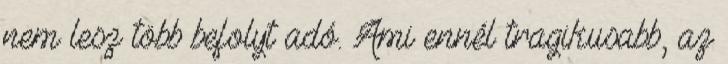
nem lesz több befolyt adó. Ami ennél tragikusabb, az